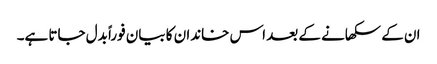
ان کے سکھانے کے بعد اس خاندان کا بیان فوراً بدل جاتا ہے۔